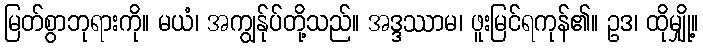
မြတ်စွာဘုရားကို။ မယံ၊ အကျွန်ုပ်တို့သည်။ အဒ္ဒဿာမ၊ ဖူးမြင်ရကုန်၏။ ဥဒ၊ ထိုမျှို့။